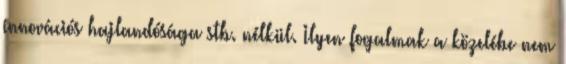
innovációs hajlandósága stb. nélkül. Ilyen fogalmak a közelébe nem